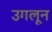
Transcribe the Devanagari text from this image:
उगलून